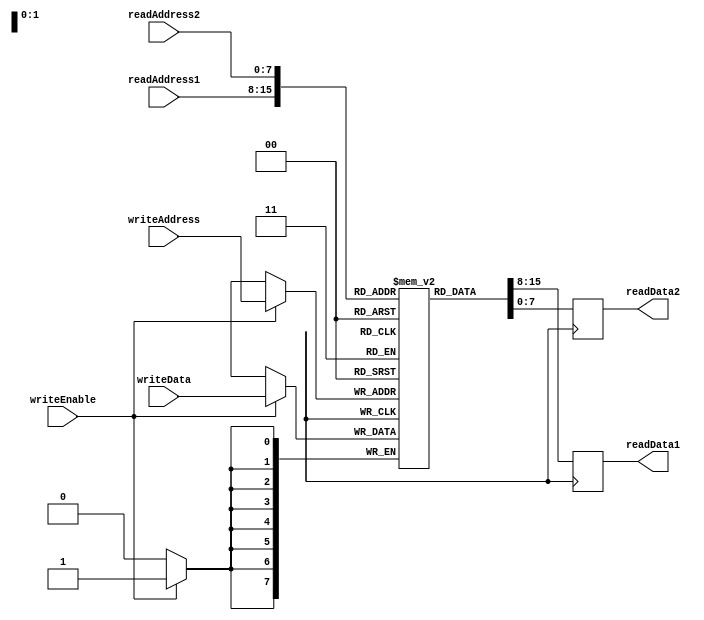
module RegFilePipeline(
    input wire [7:0] readAddress1,
    input wire [7:0] readAddress2,
    input wire [7:0] writeAddress,
    input wire [7:0] writeData,
    input wire writeEnable,
    output reg [7:0] readData1,
    output reg [7:0] readData2
);

reg [7:0] regFile[255:0];

always @ (posedge clk) begin
    if (writeEnable) begin
        regFile[writeAddress] <= writeData;
    end
    readData1 <= regFile[readAddress1];
    readData2 <= regFile[readAddress2];
end

endmodule